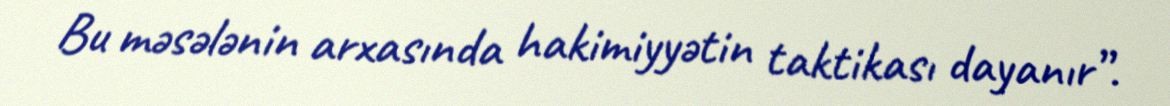
Bu məsələnin arxasında hakimiyyətin taktikası dayanır”.